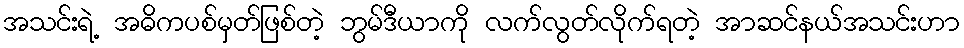
အသင်းရဲ့ အဓိကပစ်မှတ်ဖြစ်တဲ့ ဘွမ်ဒီယာကို လက်လွတ်လိုက်ရတဲ့ အာဆင်နယ်အသင်းဟာ